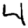
Digit: 4